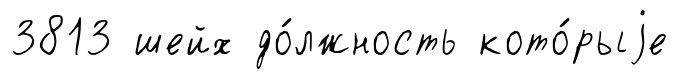
3813 шейх до́лжность кото́рыjе